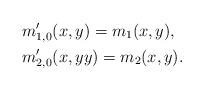
LaTeX: \begin{align*} &m\rq_{1,0}(x,y)=m_1(x,y),\\ &m\rq_{2,0}(x,yy)=m_2(x,y). \end{align*}